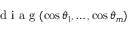
\textrm { d i a g } ( \cos \theta _ { 1 } , \dots , \cos \theta _ { m } )